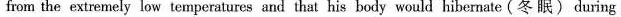
from the extremely low temperatures and that his body would hi bernate (冬 眠) during